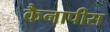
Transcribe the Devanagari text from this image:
कैनापीस